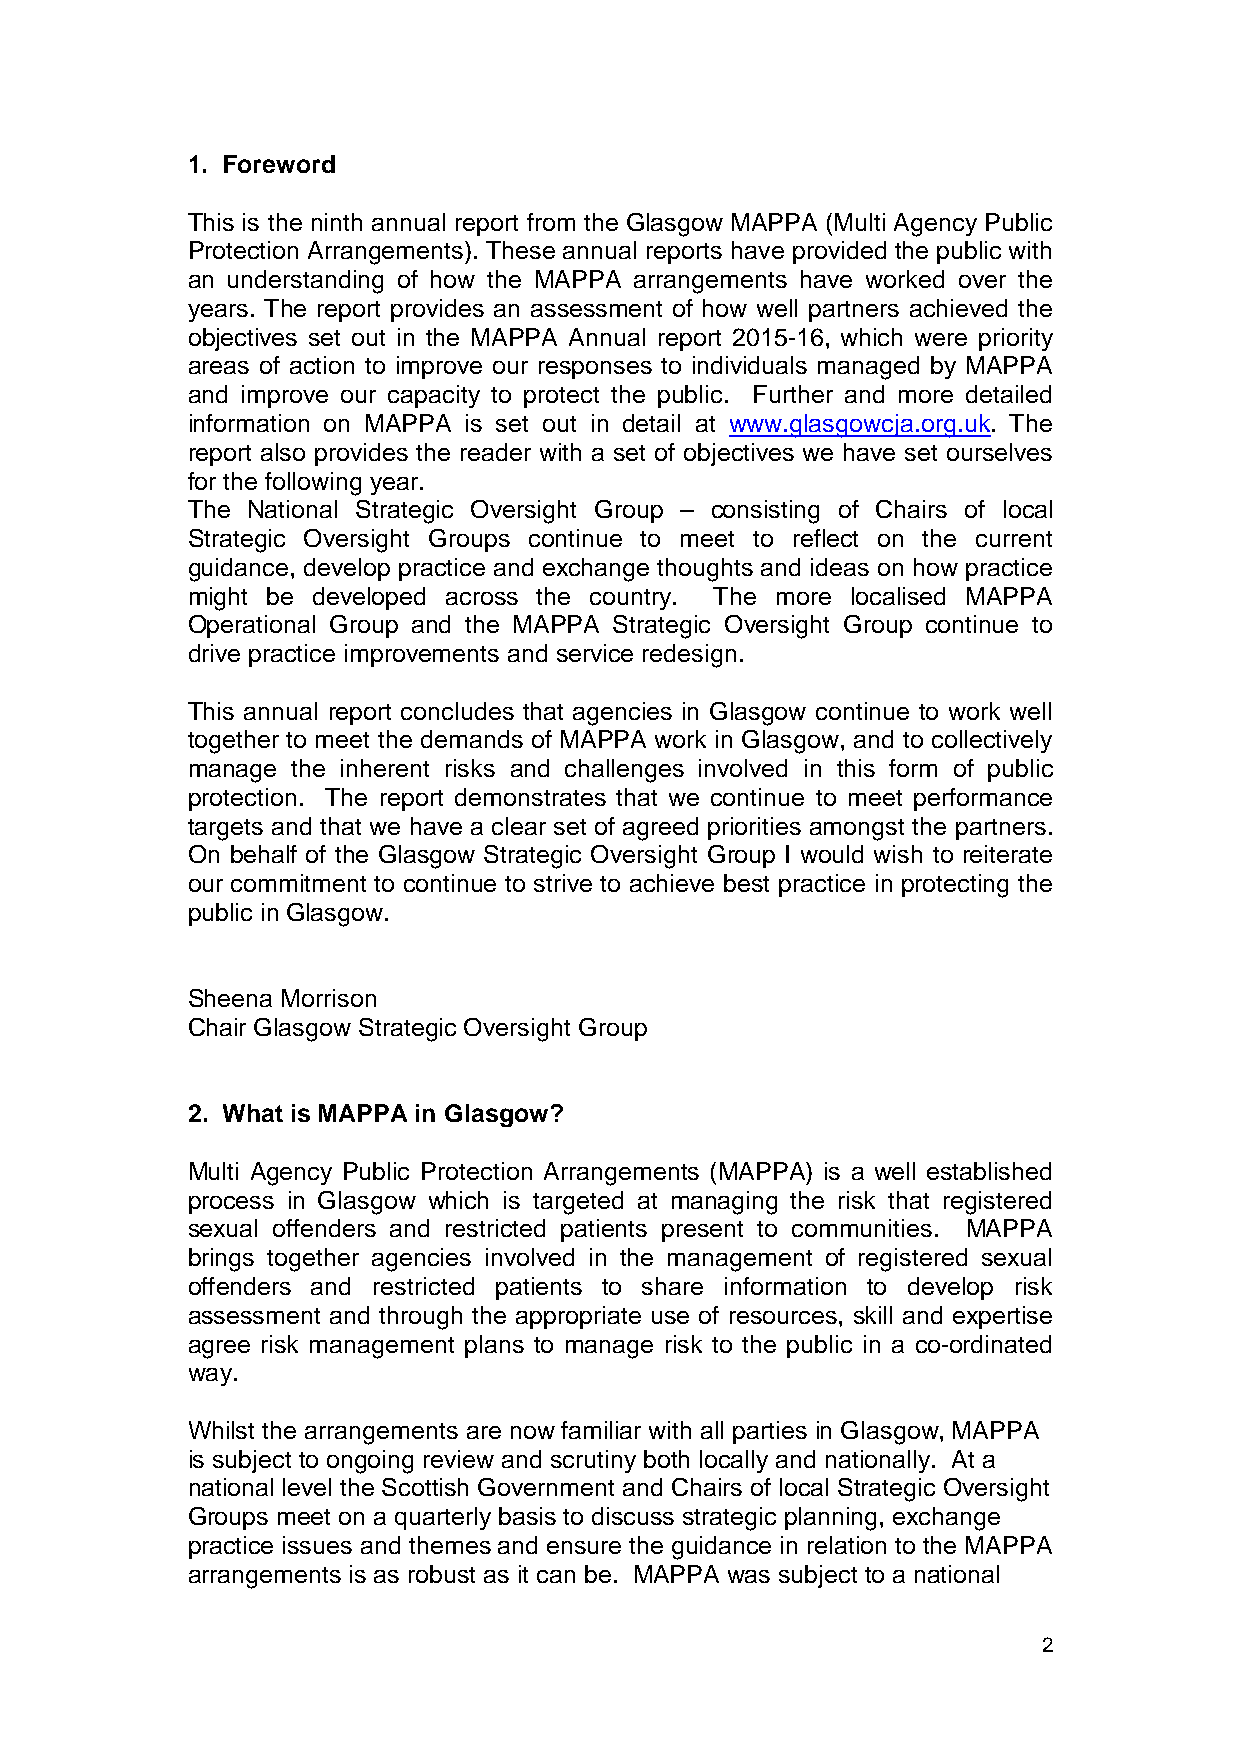
1. Foreword
 This is the ninth annual report from the Glasgow MAPPA (Multi Agency Public
 Protection Arrangements). These annual reports have provided the public with
 an understanding of how the MAPPA arrangements have worked over the
 years. The report provides an assessment of how well partners achieved the
 objectives set out in the MAPPA Annual report 2015-16, which were priority
 areas of action to improve our responses to individuals managed by MAPPA
 and improve our capacity to protect the public. Further and more detailed
 information on MAPPA is set out in detail at www.glasgowcja.org.uk. The
 report also provides the reader with a set of objectives we have set ourselves
 for the following year.
 The National Strategic Oversight Group – consisting of Chairs of local
 Strategic Oversight Groups continue to meet to reflect on the current
 guidance, develop practice and exchange thoughts and ideas on how practice
 might be developed across the country. The more localised MAPPA
 Operational Group and the MAPPA Strategic Oversight Group continue to
 drive practice improvements and service redesign.
 This annual report concludes that agencies in Glasgow continue to work well
 together to meet the demands of MAPPA work in Glasgow, and to collectively
 manage the inherent risks and challenges involved in this form of public
 protection. The report demonstrates that we continue to meet performance
 targets and that we have a clear set of agreed priorities amongst the partners.
 On behalf of the Glasgow Strategic Oversight Group I would wish to reiterate
 our commitment to continue to strive to achieve best practice in protecting the
 public in Glasgow.
 Sheena Morrison
 Chair Glasgow Strategic Oversight Group
 2. What is MAPPA in Glasgow?
 Multi Agency Public Protection Arrangements (MAPPA) is a well established
 process in Glasgow which is targeted at managing the risk that registered
 sexual offenders and restricted patients present to communities. MAPPA
 brings together agencies involved in the management of registered sexual
 offenders and restricted patients to share information to develop risk
 assessment and through the appropriate use of resources, skill and expertise
 agree risk management plans to manage risk to the public in a co-ordinated
 way.
 Whilst the arrangements are now familiar with all parties in Glasgow, MAPPA
 is subject to ongoing review and scrutiny both locally and nationally. At a
 national level the Scottish Government and Chairs of local Strategic Oversight
 Groups meet on a quarterly basis to discuss strategic planning, exchange
 practice issues and themes and ensure the guidance in relation to the MAPPA
 arrangements is as robust as it can be. MAPPA was subject to a national
 2